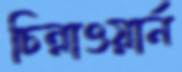
চিন্নাওয়ার্ন